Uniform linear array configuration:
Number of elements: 24
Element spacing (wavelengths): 0.25
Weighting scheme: exponential
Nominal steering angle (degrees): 60
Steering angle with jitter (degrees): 59.769
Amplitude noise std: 0.05
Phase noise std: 0.05

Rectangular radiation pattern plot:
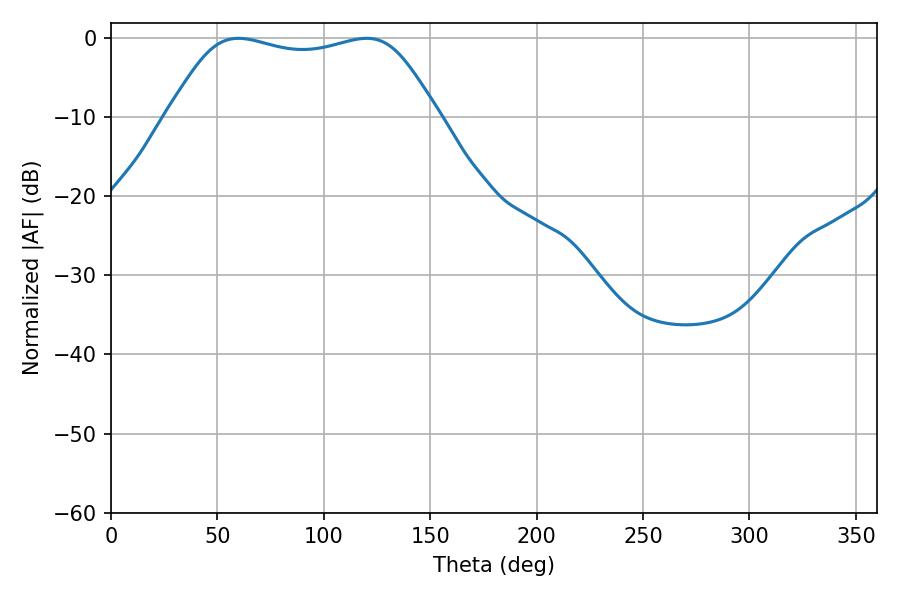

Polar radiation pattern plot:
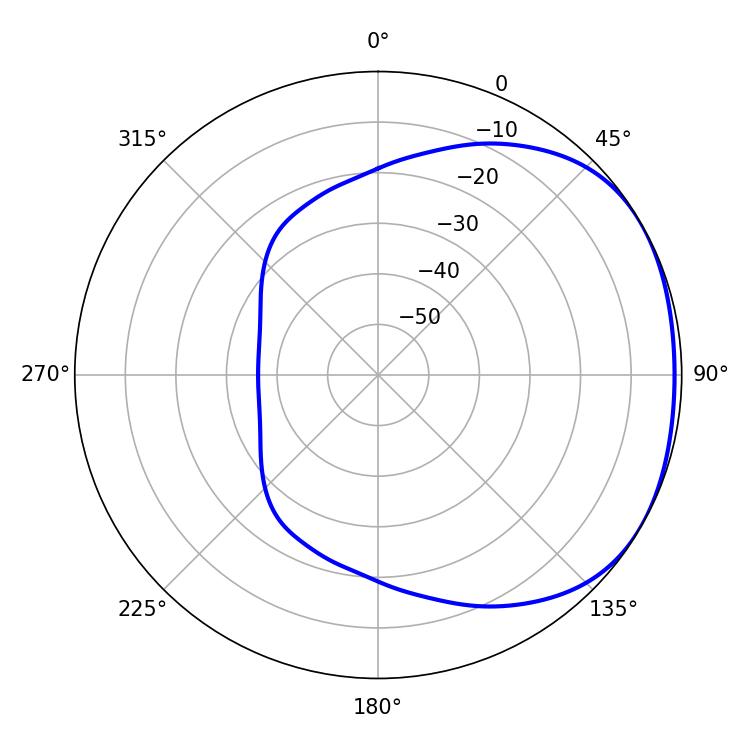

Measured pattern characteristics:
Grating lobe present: FALSE
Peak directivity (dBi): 1.699
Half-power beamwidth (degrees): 97.2
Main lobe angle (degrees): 59.94